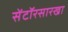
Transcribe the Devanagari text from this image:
सेंटॉरसारखा